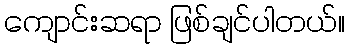
ကျောင်းဆရာ ဖြစ်ချင်ပါတယ်။